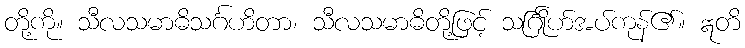
တို့ကို။ သီလသမာဓိသင်္ဂဟိတာ၊ သီလသမာဓိတို့ဖြင့် သင်္ဂြိုဟ်အပ်ကုန်၏။ ဣတိ